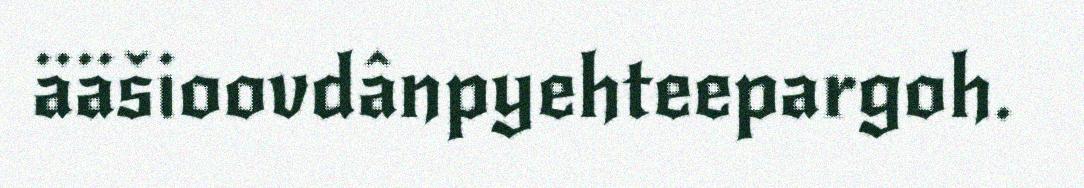
ääšioovdânpyehteepargoh.